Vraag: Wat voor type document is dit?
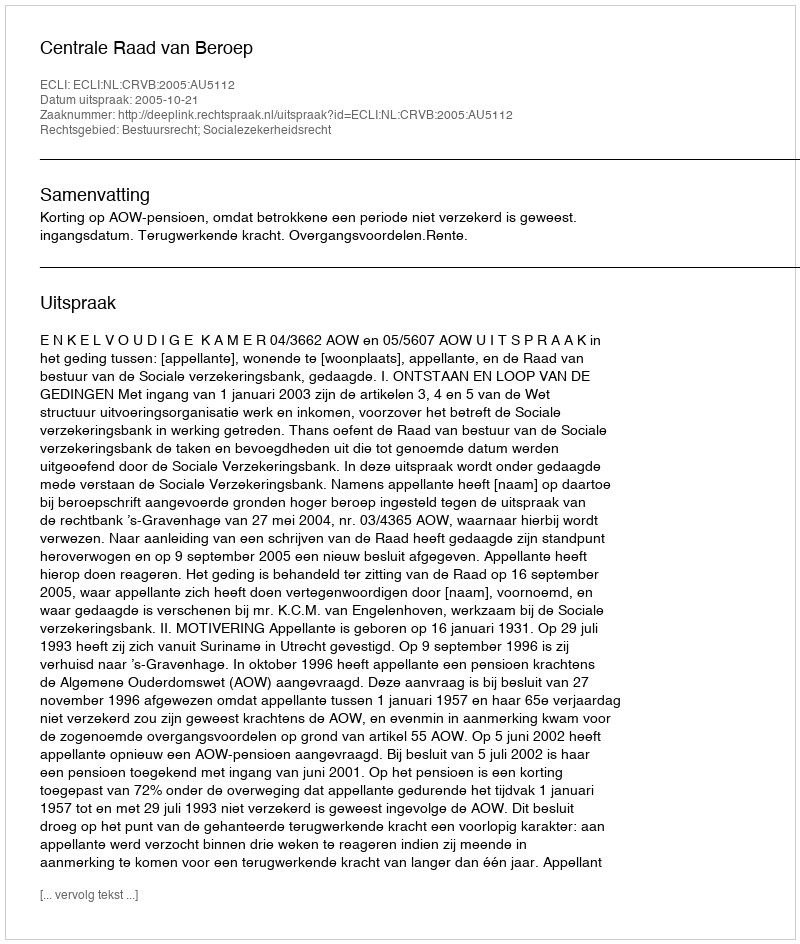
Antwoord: Uitspraak